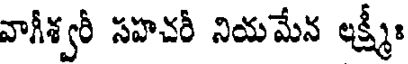
వాగీశ్వరీ సహచరీ నియమేన లక్ష్మీః